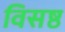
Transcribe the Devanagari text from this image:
विसष्ठ